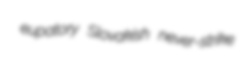
eupatory Slovakish never-strike